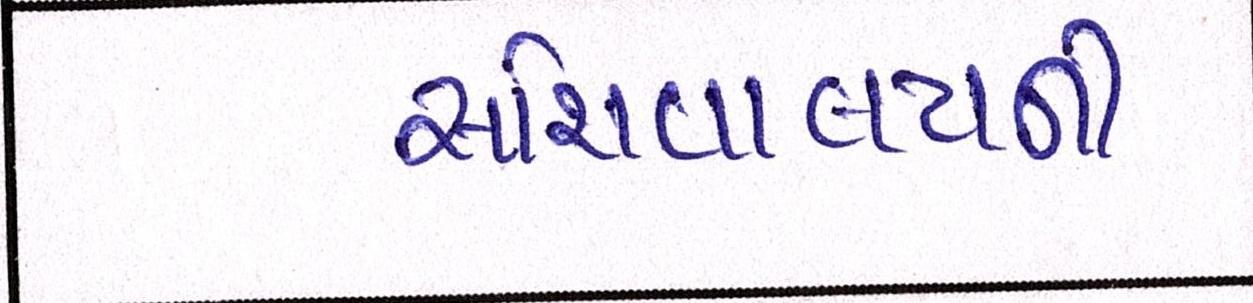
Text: સચિવાલયની